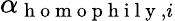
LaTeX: \alpha_{\mathrm{~h~o~m~o~p~h~i~l~y~},i}